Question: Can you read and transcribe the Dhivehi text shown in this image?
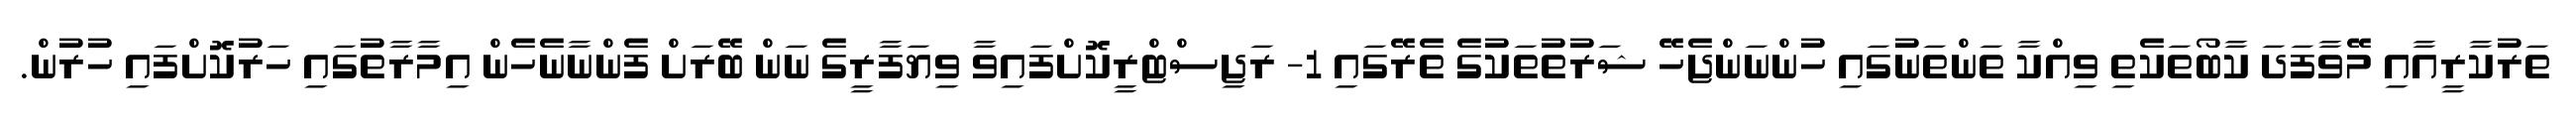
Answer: ތަރުކާރީއާއި މޭވާފަދަ ކާބޯތަކެތި ވިއްކާ ތަންތަނުގައި ހުންނަންޖެހޭ ޝަރުތުތަކުގެ ތެރޭގައި 1- ރަޖިސްޓްރީކޮށްފައިވާ ވިޔަފާރީގެ ނަން ބޭރަށް ފެންނާނެހެން އިމާރާތުގައި ހަރުކޮށްފައި ހުރުން.